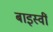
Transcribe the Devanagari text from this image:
बाइस्वीं